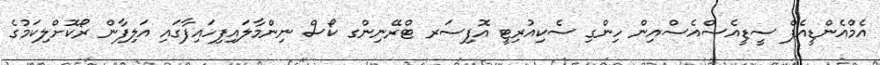
އެމްއެންޑީއެފް ސީޑީއެސްއެސްއިން ހިންގި ސެކިއުރިޓީ އޮފިސަރ ޓްރޭނިންގ ކޯސް ނިންމާލައިފިހައިފާގައި އަލިފާން ރޯކޮށްލިކަމުގެ